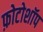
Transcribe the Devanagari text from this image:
फ़ोटोशॉप